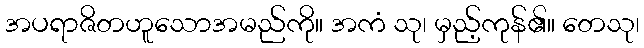
အပရာဇိတဟူသောအမည်ကို။ အကံ သု၊ မှည့်ကုန်၏။ တေသု၊